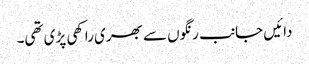
دائیں جانب رنگوں سے بھری راکھی پڑی تھی۔